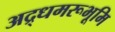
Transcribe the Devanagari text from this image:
अद्र्धमरूभूमि